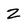
Character: Z